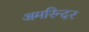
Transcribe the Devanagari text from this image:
अमरिन्दर